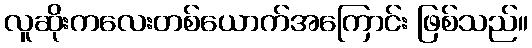
လူဆိုးကလေးတစ်ယောက်အကြောင်း ဖြစ်သည်။